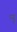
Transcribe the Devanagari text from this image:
प्यु